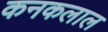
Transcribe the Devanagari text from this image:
कनकलाल